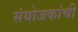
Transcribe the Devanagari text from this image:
संयोजकांची